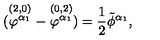
( \stackrel { ( 2 , 0 ) } { \varphi ^ { \alpha _ { 1 } } } - \stackrel { ( 0 , 2 ) } { \varphi ^ { \alpha _ { 1 } } } ) = { \frac { 1 } { 2 } } \tilde { \phi } ^ { \alpha _ { 1 } } ,